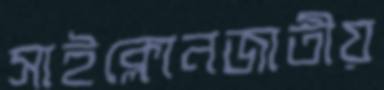
সাইক্লোনজাতীয়